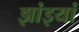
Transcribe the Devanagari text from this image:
झांइयां